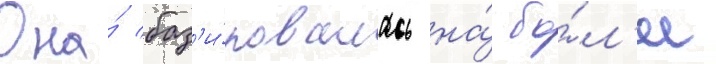
Она́ баз'и́ровалась на́ бо́л'ее